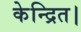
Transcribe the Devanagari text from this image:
केन्द्रित।